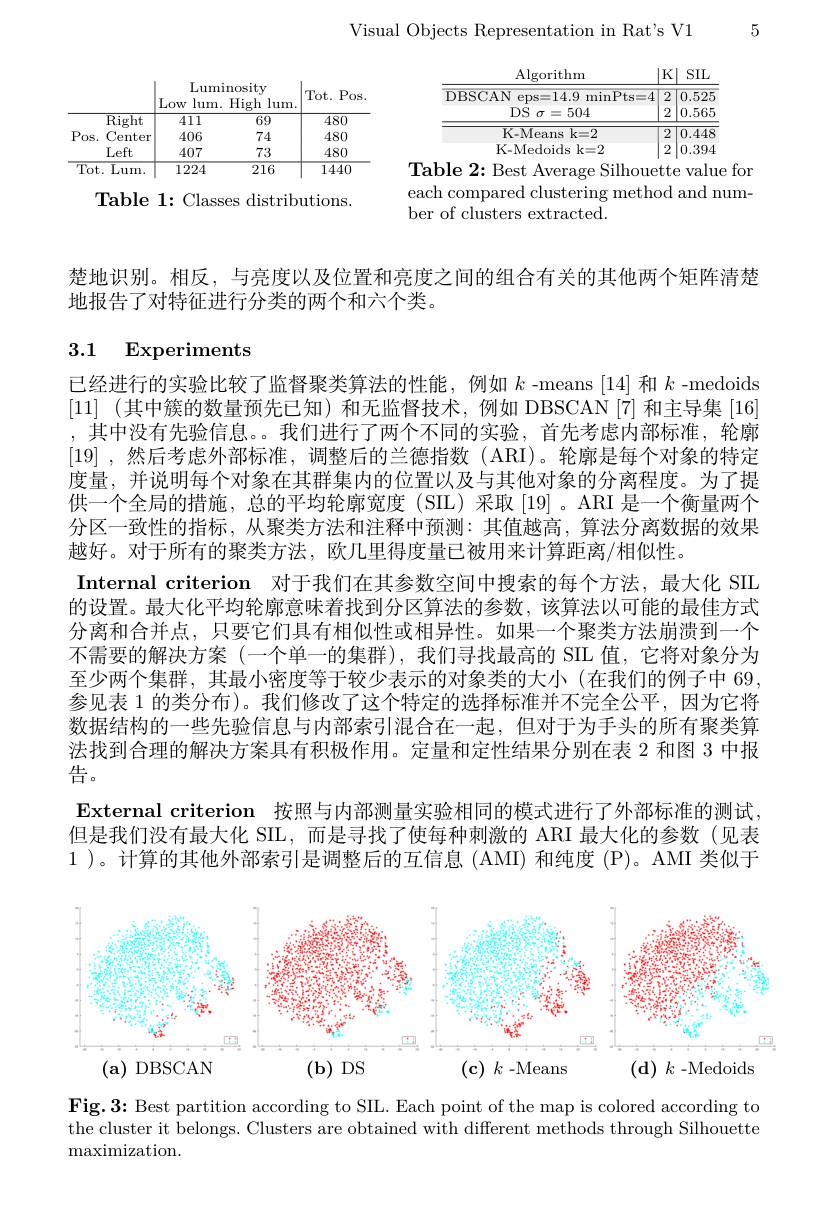
Table 1: Classes distributions.

Visual Objects Representation in Rat's V1

5

$\operatorname{Algorithm}$
$\underline{\boxed{\mathrm{K}}\boxed{\mathrm{SIL}}}$
$\overrightarrow{\text{DBSCAN eps=14.9 minPts=4}}\boxed{2}\boxed{0.525}$
$\boxed{2}\boxed{0.565}$
$\underline {\mathrm{DS}}$ $\sigma = 504$ $\overline{\text{K-Means k=2}}$
$\boxed{\begin{array}{c}2&0.448\\0&0.90\end{array}}$ 2|0.394
K-Medoids k=2
Table 2: Best Average Silhouette value for

<table>
	<tbody>
		<tr>
			<th> </th>
			<th>Luulll Low $lum.$</th>
			<th>$\operatorname{lloslly}$ High $lum.$</th>
			<th>Tot. Pos</th>
		</tr>
		<tr>
			<td>Right</td>
			<td>411</td>
			<td>69</td>
			<td>480</td>
		</tr>
		<tr>
			<td>$P_{0\mathrm{s}}.$ Center</td>
			<td>406</td>
			<td>74</td>
			<td>480</td>
		</tr>
		<tr>
			<td>Left</td>
			<td>407</td>
			<td>73</td>
			<td>480</td>
		</tr>
		<tr>
			<td>Tot. Lum. </td>
			<td>1224</td>
			<td>216</td>
			<td>1440</td>
		</tr>
	</tbody>
</table>

each compared clustering method and num-
ber of clusters extracted.

楚地识别。相反，与亮度以及位置和亮度之间的组合有关的其他两个矩阵清楚
地报告了对特征进行分类的两个和六个类。

## 3.1 Experiments

已经进行的实验比较了监督聚类算法的性能，例如$k$ -means [14]和$k$ -medoids [11] (其中簇的数量预先已知)和无监督技术，例如 DBSCAN [7] 和主导集 [16] ,其中没有先验信息。。我们进行了两个不同的实验，首先考虑内部标准，轮廓[19] ,然后考虑外部标准，调整后的兰德指数 (ARI)。轮廓是每个对象的特定度量，并说明每个对象在其群集内的位置以及与其他对象的分离程度。为了提供一个全局的措施 , 总的平均轮廓宽度 (SIL) 采取 [19]。ARI 是一个衡量两个分区一致性的指标，从聚类方法和注释中预测：其值越高，算法分离数据的效果越好。对于所有的聚类方法，欧几里得度量已被用来计算距离/相似性。
Internal criterion 对于我们在其参数空间中搜索的每个方法，最大化 SIL 的设置。最大化平均轮廓意味着找到分区算法的参数，该算法以可能的最佳方式分离和合并点，只要它们具有相似性或相异性。如果一个聚类方法崩溃到一个不需要的解决方案(一个单一的集群),我们寻找最高的 SIL 值，它将对象分为至少两个集群，其最小密度等于较少表示的对象类的大小(在我们的例子中 69, 参见表 1 的类分布)。我们修改了这个特定的选择标准并不完全公平，因为它将数据结构的一些先验信息与内部索引混合在一起，但对于为手头的所有聚类算法找到合理的解决方案具有积极作用。定量和定性结果分别在表 2 和图 3 中报告。
$\textbf{External criterion 按 照 与 内 部 测 量 实 验 相 同 的 模 式 进 行 了 外 部 标 准 的 测 试 , }$ 但是我们没有最大化 SIL,而是寻找了使每种刺激的 ARI 最大化的参数(见表1 )。计算的其他外部索引是调整后的互信息 (AMI) 和纯度 (P)。AMI 类似于

<FigureHere>
$(\mathbf{a})$ DBSCAN
$(\mathbf{b})$ DS
$( \mathbf{c} )$ $k$-Means
$( \mathbf{d} )$ $k$-Medoids

Fig.3: Best partition according to SIL. Each point of the map is colored according to the cluster it belongs. Clusters are obtained with different methods through Silhouette maximization.